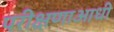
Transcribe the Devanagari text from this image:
परीक्षणाआधी